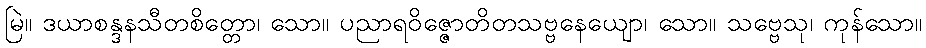
မြဲ။ ဒယာစန္ဒနသီတစိတ္တော၊ သော။ ပညာရဝိဇ္ဇောတိတသဗ္ဗနေယျော၊ သော။ သဗ္ဗေသု၊ ကုန်သော။